system: You are a helpful assistant.
user:
Analyze the provided spectrum to determine if it is a **Carbon Star (C-type)**.

- **Key Visual Indicators of Carbon Star:**
    - **(Primary):** Strong molecular absorption from **C₂ (diatomic carbon) "Swan Bands."** This is the **defining feature** of a carbon star.
        - **(Key Bandheads):** Sharp absorption edges are visible at approximately $5635$ Å, $5165$ Å (the strongest band), and $4737$ Å.
        - **(Line Profile):** Creates a distinct **"saw-tooth"** pattern. The key morphology is a sharp, steep bandhead on the **red (long-wavelength) side**, which then gradually tapers off (i.e., flux recovers) towards the **blue (short-wavelength) side**. *(This is the direct opposite of the TiO bands seen in M-type stars)*.

    - **(Secondary):** Intense **CN (cyanogen)** molecular absorption bands.
        - **(Key Bandheads):** Located in the blue and violet regions of the spectrum (e.g., near $4215$ Å and $3883$ Å).
        - **(Morphology):** These bands are extremely broad and act as a "blanket," absorbing the vast majority of blue and violet light. This creates a characteristic **"cliff"** or **"steep drop-off"** in the spectrum's flux at short wavelengths.

    - **(Key Confirmation):** Strong **CH absorption band (G-band)**.
        - **(Key Bandhead):** Located around $4300$ Å. The contribution from CH molecules to this band is exceptionally strong.

    - **(Overall Spectrum):**
        - The continuum is severely "chopped up" by these deep molecular bands, especially C₂, rather than appearing as a smooth curve.
        - Due to the heavy CN and C₂ absorption in the blue-green, the vast majority of the star's flux is concentrated in the red part of the spectrum, giving the star its characteristic deep red color.

Think first, call **spectral_visualization_tool** if needed to examine features in detail, then provide your final answer. Your response must adhere to the following strict rules:
1.  **Overall Structure:** Your response must follow the format `<think>...</think> <tool_call>...</tool_call> (if a tool is used) <answer>...</answer>`.
2.  **Tool Usage Constraint:** You may only make **one** tool call per turn.
3.  **Final Answer Format:** In the `<answer>` tag, your conclusion must be inside a `\boxed{}` command (e.g., `\boxed{YES}`), followed by your justification.

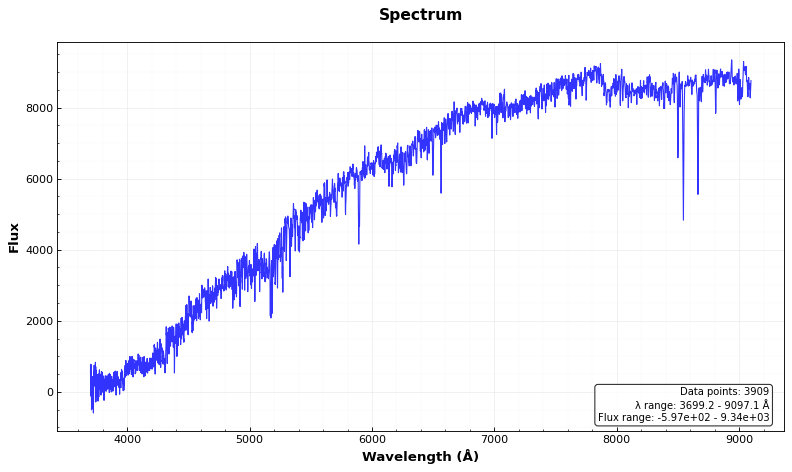
Answer: NO